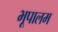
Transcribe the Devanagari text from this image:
भूपालम